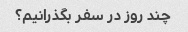
چند روز در سفر بگذرانیم؟